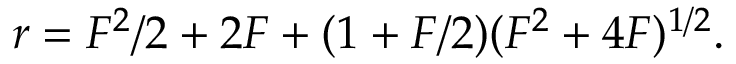
r = F ^ { 2 } / 2 + 2 F + ( 1 + F / 2 ) ( F ^ { 2 } + 4 F ) ^ { 1 / 2 } .